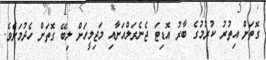
ގޮތަށް އިތުރު ކުރުމުގެ ބާރު އޮޑިޓަ ޖެނެރަލްއަށާއި މަޖިލީހަށް ލިބޭ ގޮތަށް ހެދުމަށެވެ.